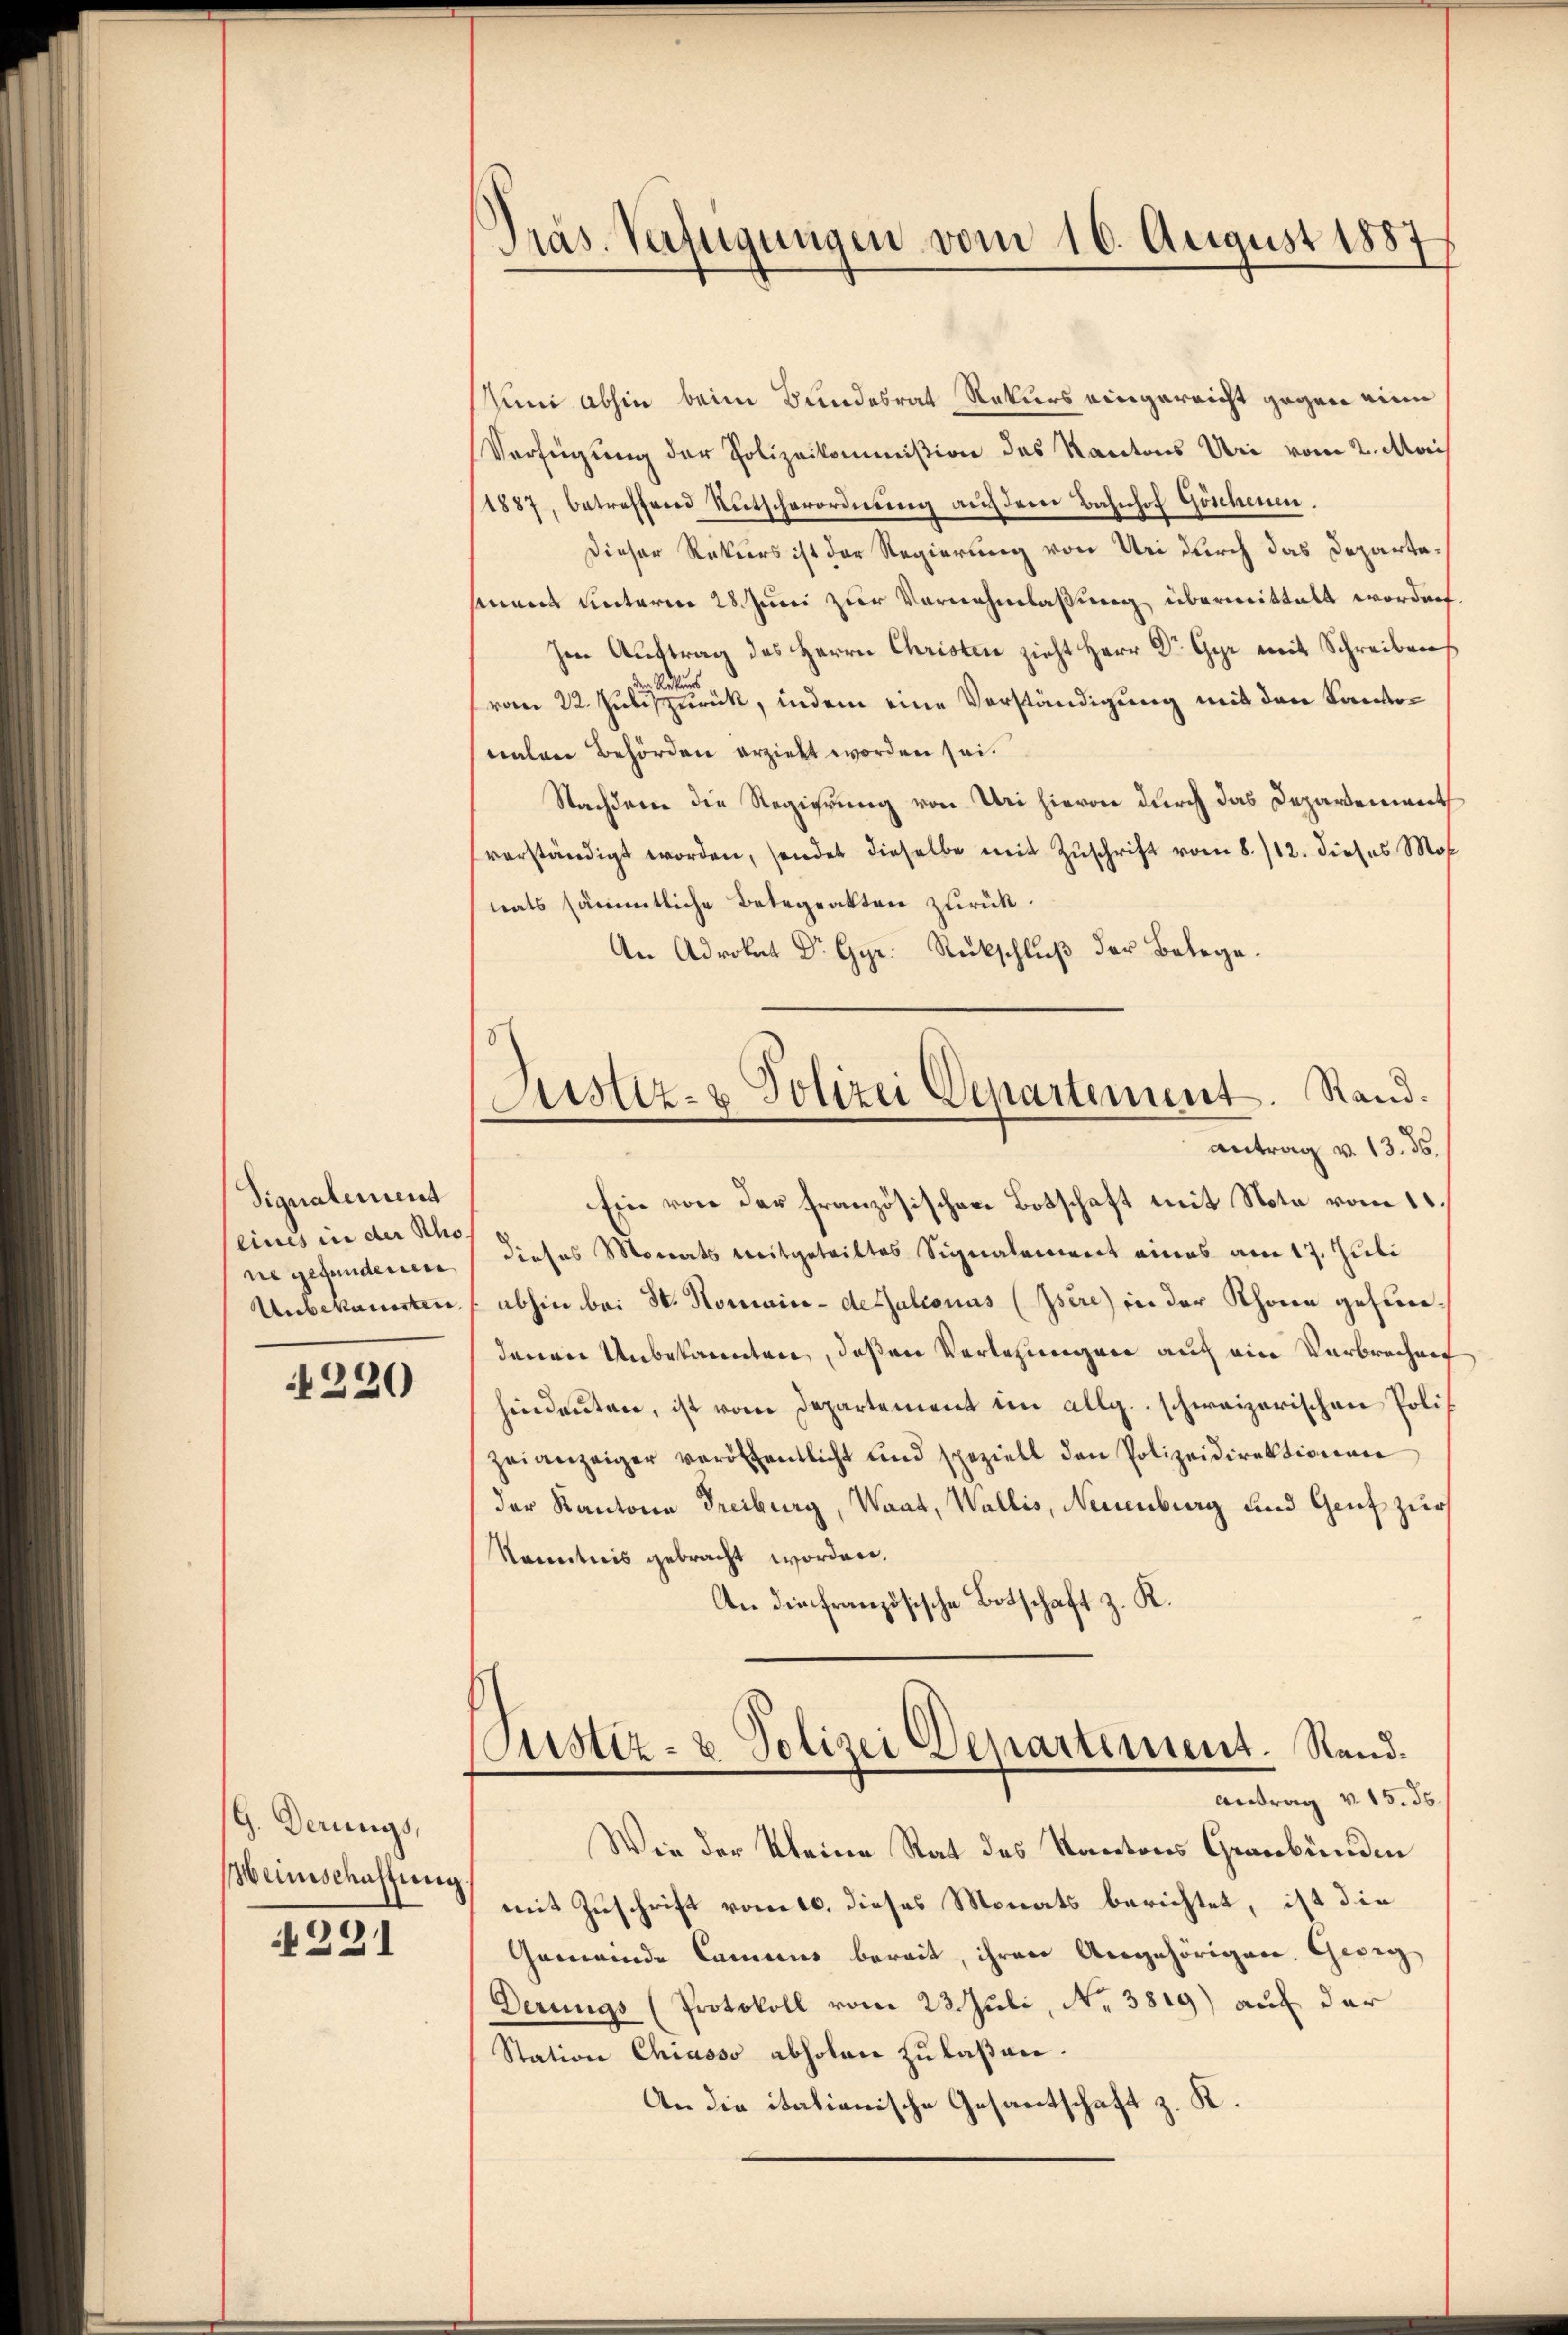
Signalement
eines in der Rho
ne gefunderen
Unbekannten

220

G. Derungs,
Meimschaffung

221

Präs. Verfügungen vom 16. August 1887

Uni abhin beim Bundesrat Rekurs eingereicht gegen eine
Verfügung der Polizeikommißion des Kantons Uri vom 2. Mai
1887, betreffend Rutscherordnŭng aŭf der Bahnhof Göschenen.
Dieser Rekurs ist der Regierung von Uri durch das Departesmens unterm 28. Juni zur Vornehmlassung übermittelt worden.
Im Austrag des Herrn Christen zieht Herr Dr. Gyr mit Schreiben
in Restand
vom 22. Juli zurück, indem eine Verständigung mit den Kantonalen Behörden erzieht worden sei.
Nachderen die Regierung von Uri hievon durch das Departement
verständigt worden, sendet dieselbe mit Zŭschrift vom 8./12. dieses Mos
nats sämmtliche Betrarakten zurück.
An Advokat Dr. Gyr. Rückschluß der Belege.
Justiz- & Polizei Departement. Stand.
Antrag v. 13. ds.
Ein von der französischer Botschaft mit Nota vom 11.
dieses Monats mitgetrittes Signalement eines am 17. Juli
abhin bei St. Romain-dessalconus (Isére) in der Rhonen gehördenen Unbekannten, deßen Verlesungen auf ein Verbrechen
hindeuten, ist vom Departement im allg. schweizerischen Polizeianzeiger veröffentlicht und speziell den Polizeidirektionen
der Kantone Freiburg, Waat, Wallis, Neuenburg und Genf zur
Kenntnis gebracht worden.
An die französische Botschaft z. K.

ustiz- & Polizei Departement. Sand¬
Antrag v. 15. 36.

Wie der kleine Rat des Kantons Graubünden
mit Zuschrift vom 10. dieses Monats berichtet, ist die
Gemeinde Camens bereit, ihren Angehörigen. Georg
Derungs (Protokoll vom 23. Juli, No. 3819) auf der
Station Chiasso abholen zu laßen.
An die itationische Gesantschaft z. K.